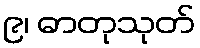
၉၊ ဓာတုသုတ်